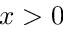
x > 0